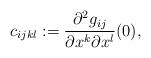
LaTeX: \begin{align*}c_{ijkl} := \frac{\partial^2 g_{ij}}{\partial x^k \partial x^l}(0),\end{align*}